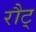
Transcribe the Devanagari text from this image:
रौट्